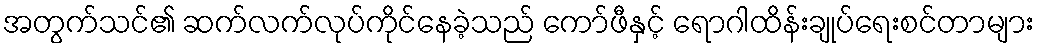
အတွက်သင်၏ ဆက်လက်လုပ်ကိုင်နေခဲ့သည် ကော်ဖီနှင့် ရောဂါထိန်းချုပ်ရေးစင်တာများ